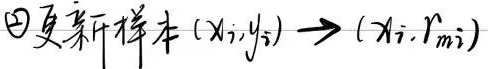
\textcircled{2}更新样本 \((x_i,y_i)\to(x_i,r_{m i})\)